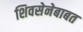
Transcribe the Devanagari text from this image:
शिवसेनेबाबत